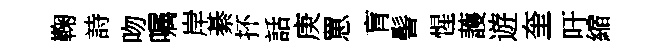
鞠詩吻嘱岸綦抔話庚罳肓髻惺䕶遊奎吁縮